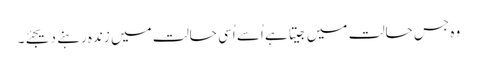
وہ جس حالت میں جیتا ہے اُسے اُسی حالت میں زندہ رہنے دیجئے۔